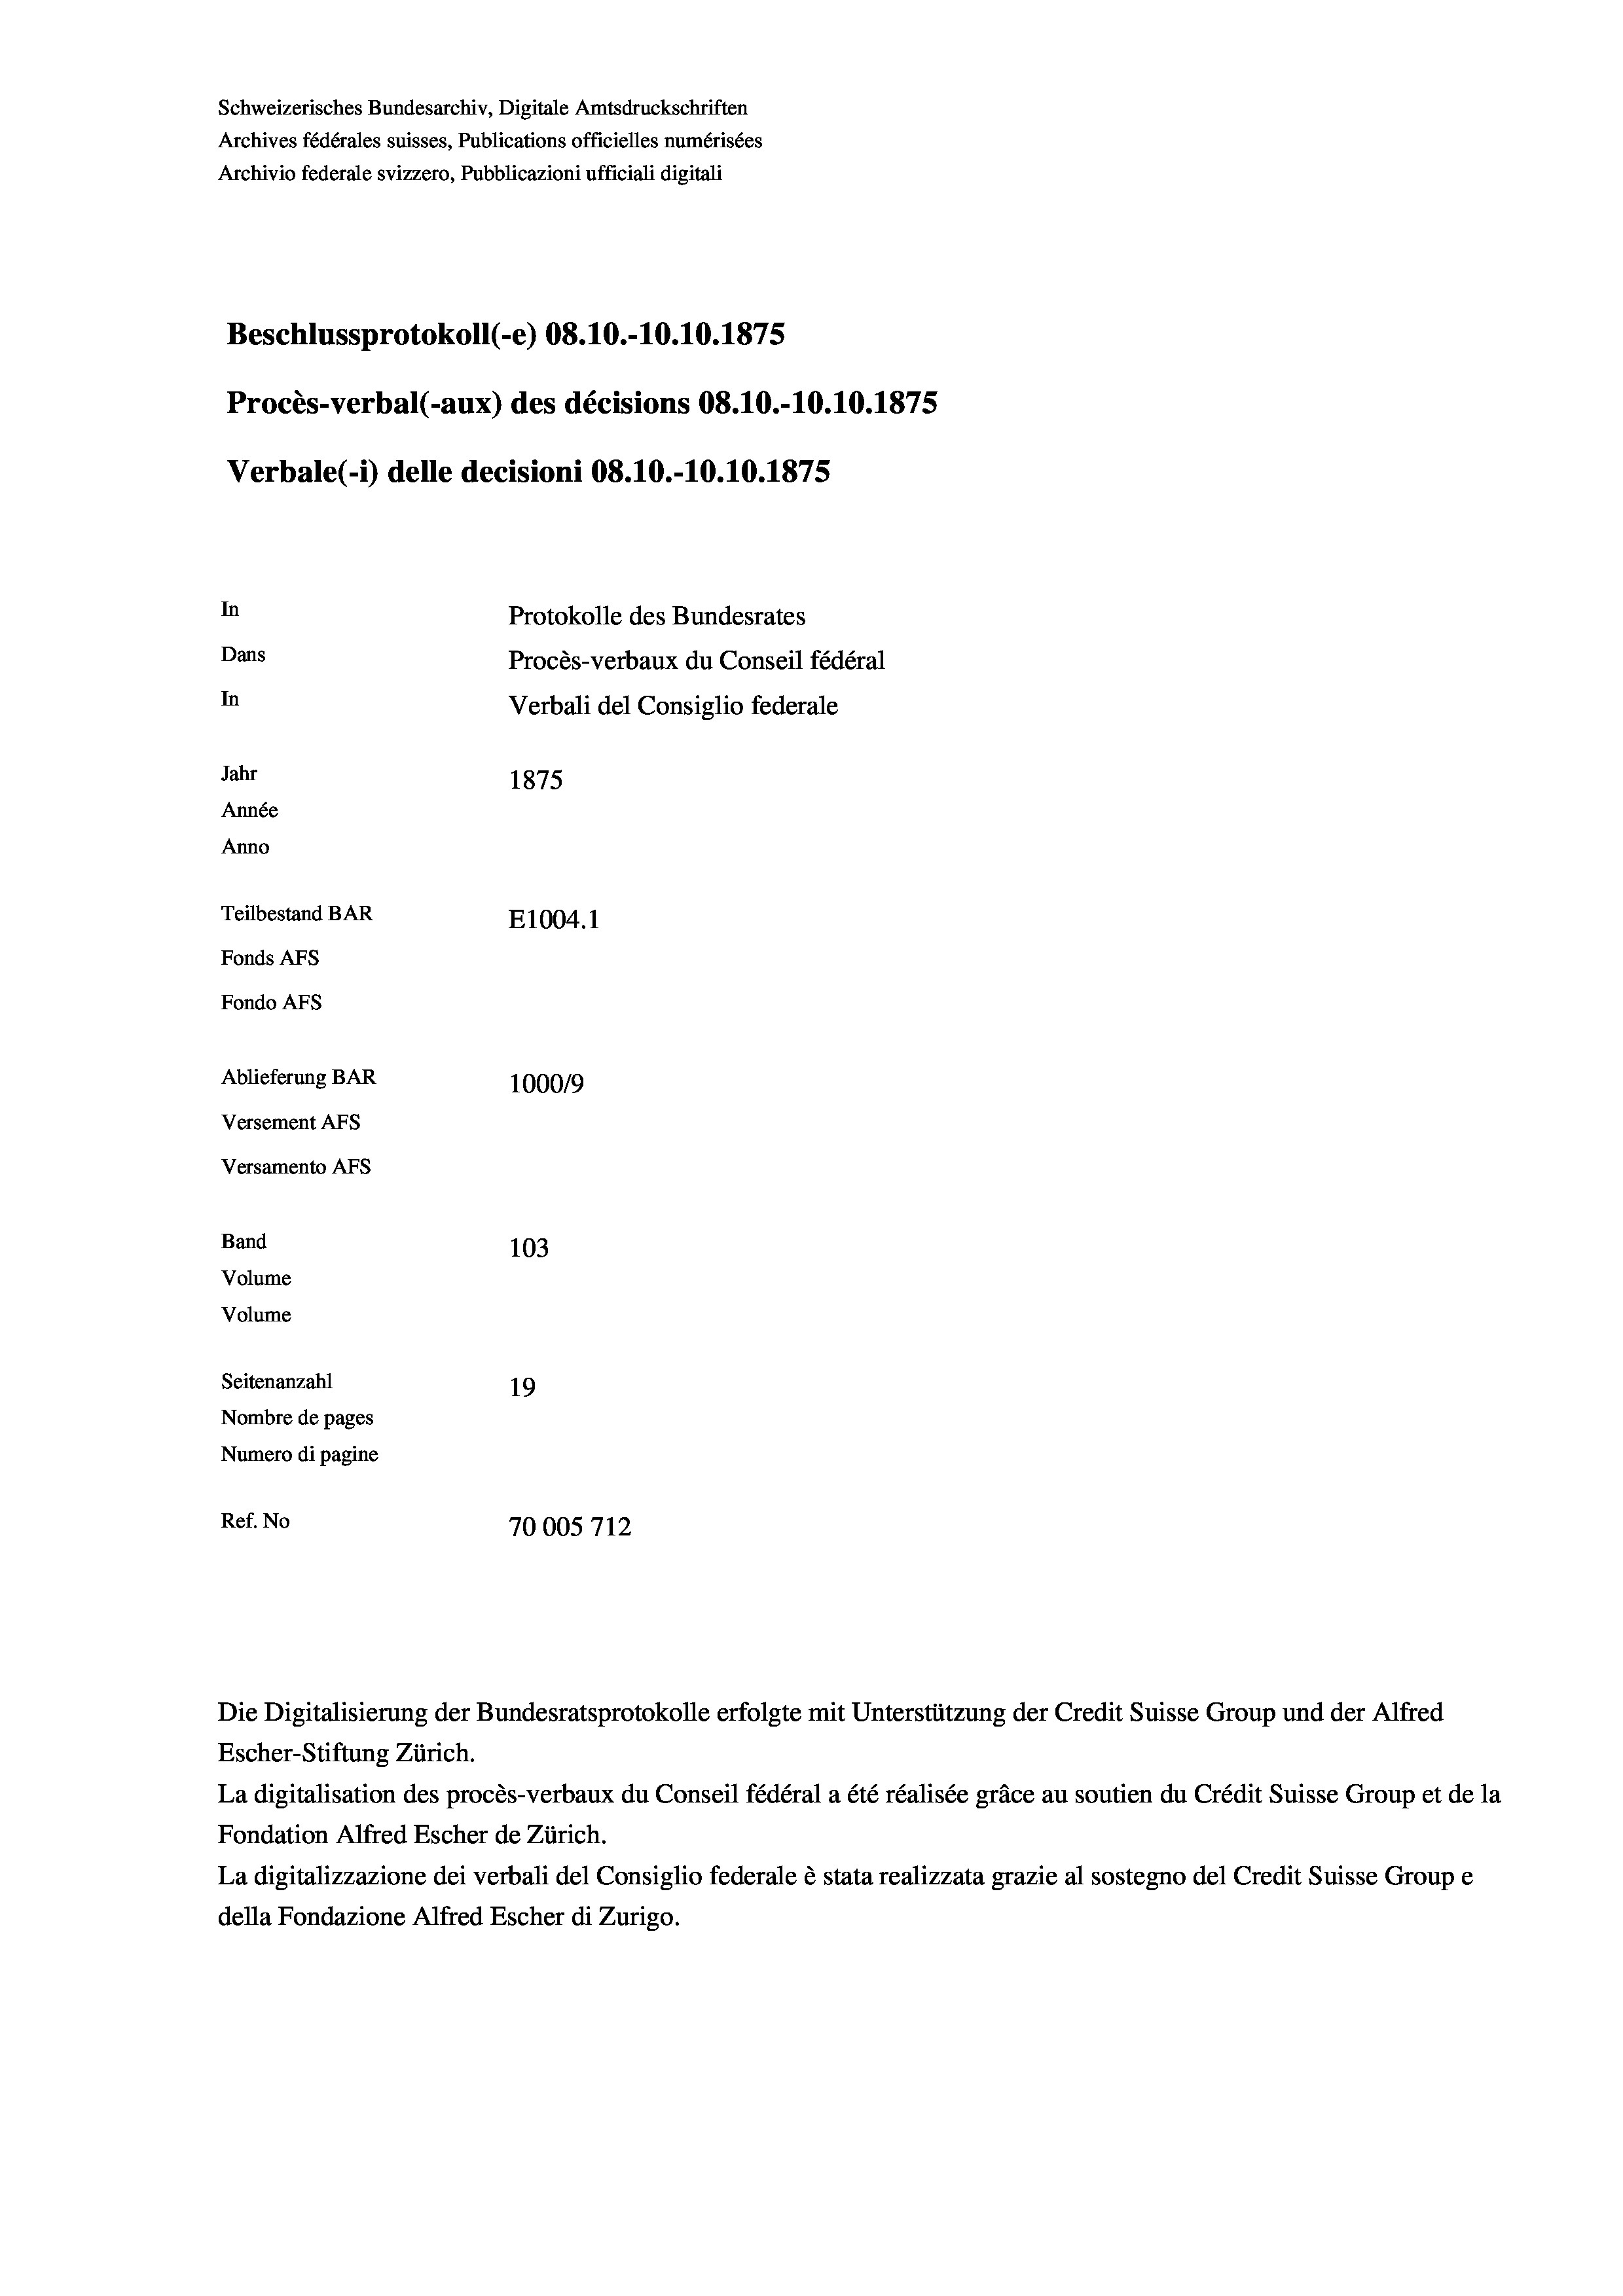
Schweizerisches Bundesarchiv, Digitale Amtsdruckschriften
Archives fédérales suisses, Publications officielles numérisées
Archivio federale svizzero, Pubblicazioni ufficiali digitali
Beschlussprotokoll (-e) 08.10.-10.10.1875
Procès-verbal (-aux) des décisions 08.10.-10.10.1875
Verbale (1) delle decisioni 08.10.-10.10.1875
In
Protokolle des Bundesrates
Dans
Procès-verbaux du Conseil fédéral
In
Verbali del Consiglio federale
Jahr
1875
Année
Anno
Teilbestand BAR
E1004. 1
Fonds AEs
Fondo AFS
Ablieferung BAR
100019
Versement AFs
Versamento Afs
Band
103

Volume
Volume
Seitenanzahl
19
Nombre de pages
Numero di pagine
Ref. No
70005712

Die Digitalisierung der Bundesratsprotokolle erfolgte mit Unterstützung der Credit Suisse Group und der Alfred
Escher-Stiftung Zürich.
La digitalisation des procès-verbaux du Conseil fédéral a été réalisée gräce au soutien du Crédit Suisse Group et de la
Fondation Alfred Escher de Zürich.
La digitalizzazione dei verbali del Consiglio federale è stata realizzata grazie al sostegno del Credit Suisse Groupe
della Fondazione Alfred Escher di Zurigo.